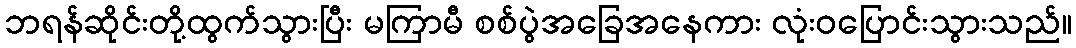
ဘရန်ဆိုင်းတို့ထွက်သွားပြီး မကြာမီ စစ်ပွဲအခြေအနေကား လုံးဝပြောင်းသွားသည်။